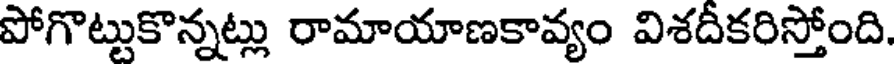
పోగొట్టుకొన్నట్లు రామాయాణకావ్యం విశదీకరిస్తోంది.